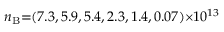
n _ { \mathrm { B } } { = } ( 7 . 3 , 5 . 9 , 5 . 4 , 2 . 3 , 1 . 4 , 0 . 0 7 ) { \times } 1 0 ^ { 1 3 }